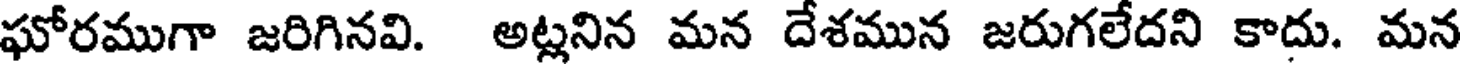
ఘోరముగా జరిగినవి. అట్లనిన మన దేశమున జరుగలేదని కాదు. మన